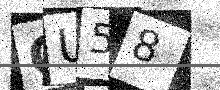
Text: GU58